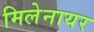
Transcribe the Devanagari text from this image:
मिलेनायर